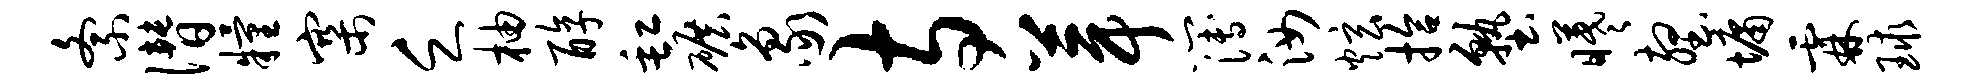
紊僭粮寨乏柚醇缸碾象寺葺簿汝炫拾塾曦壑墉霖球